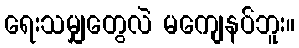
ရေးသမျှတွေလဲ မကျေနပ်ဘူး။